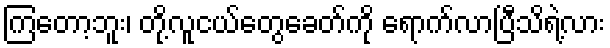
ကြတော့ဘူး၊ တို့လူငယ်တွေခေတ်ကို ရောက်လာပြီသိရဲ့လား